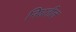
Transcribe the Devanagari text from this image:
निघतील